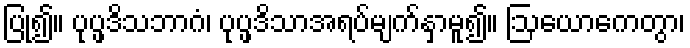
ပြု၍။ ပုပ္ဖဒိသဘာဂံ၊ ပုပ္ဖဒိသာအရပ်မျက်နှာမူ၍။ ဩယောကေတွာ၊